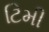
ટિમી